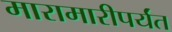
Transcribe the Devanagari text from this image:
मारामारीपर्यंत